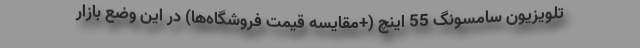
تلویزیون سامسونگ 55 اینچ (+مقایسه قیمت فروشگاه‌ها) در این وضع بازار